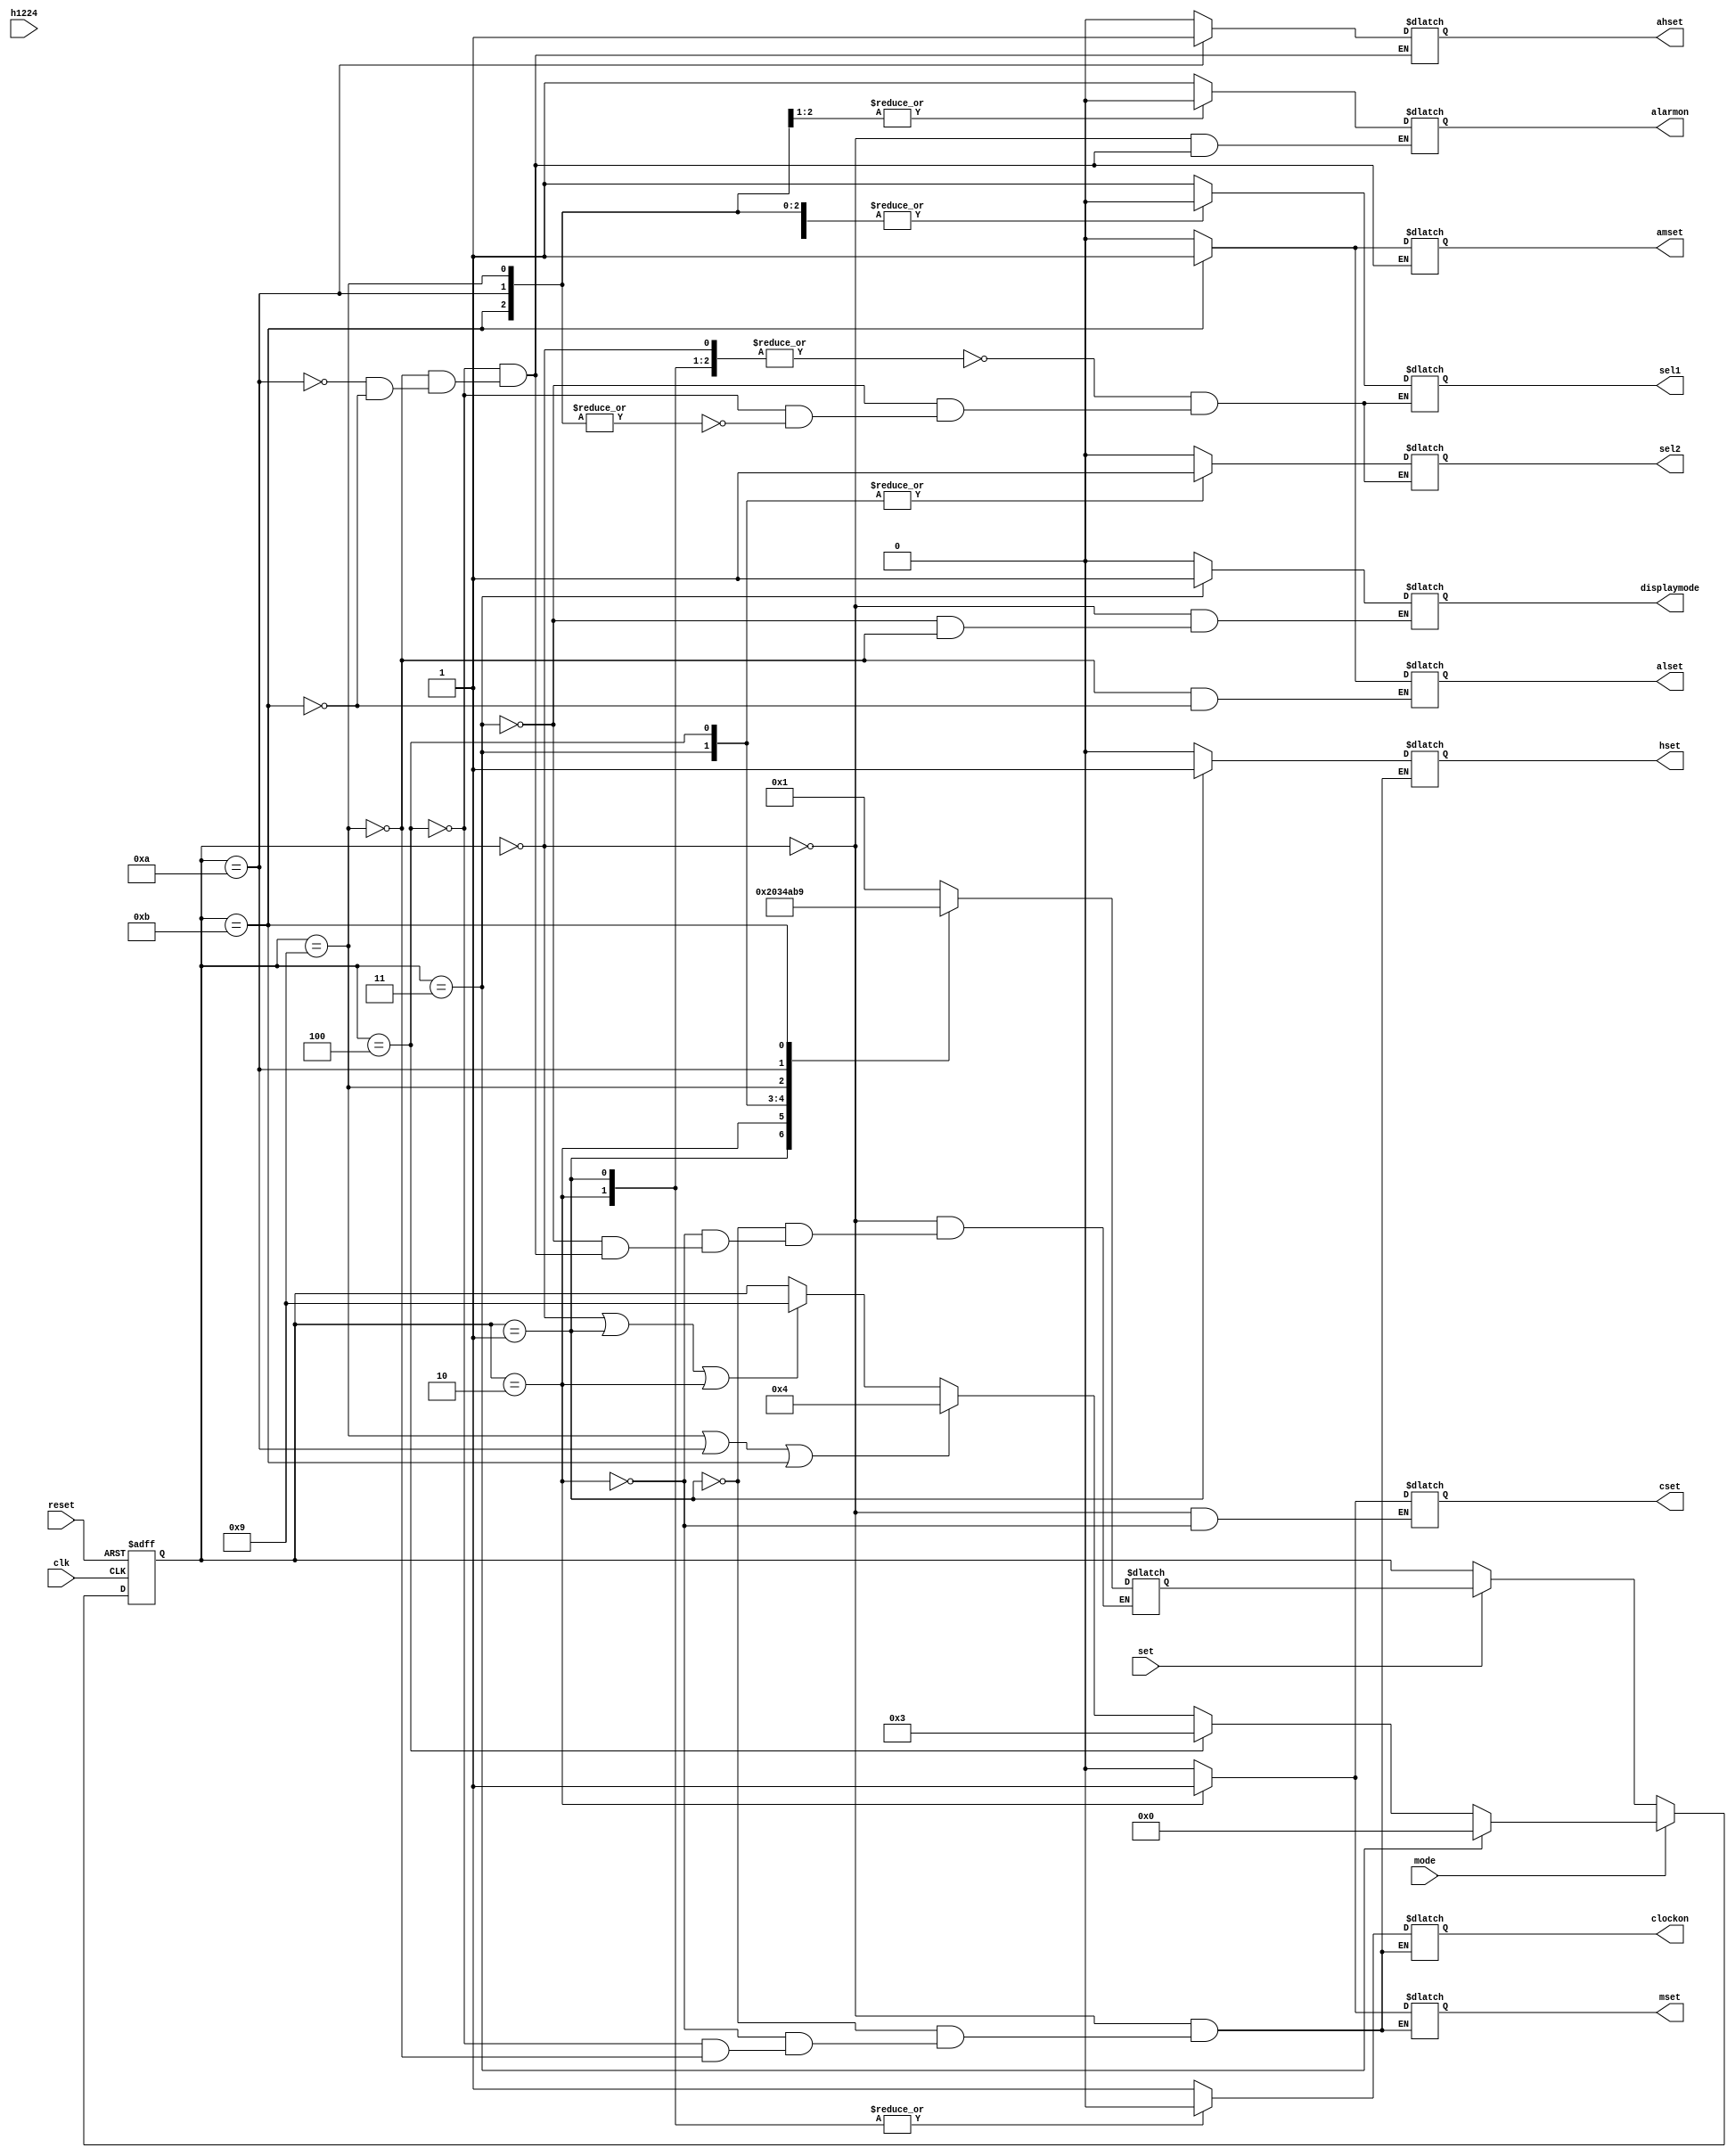
`timescale 1ns / 1ps
//////////////////////////////////////////////////////////////////////////////////
// Company: 
// Engineer: 
// 
// Design Name: 
// Module Name:    clockFSM 
// Project Name: 
// Target Devices: 
// Tool versions: 
// Description: 
//
// Dependencies: 
//
// Revision: 
// Revision 0.01 - File Created
// Additional Comments: 
//
//////////////////////////////////////////////////////////////////////////////////
module clockFSM(
	input h1224,
	input clk,
    input set,
    input reset,
	 input mode,
    output reg clockon,
	 output reg alarmon,
	 output reg hset,
    output reg mset,
	 output reg cset,
	 output reg alset,
	 output reg ahset,
	 output reg amset,
	 output reg sel1,
	 output reg sel2,
	 output reg displaymode
    );
	 
	
	 reg [3:0] next;
	 parameter s0 = 4'b0000;
	 parameter s1 = 4'b0001;
	 parameter s2 = 4'b0010;
	 parameter s9 = 4'b1001;
	 parameter s10 =4'b1010;
	 parameter s11 =4'b1011;
	 parameter s3 = 4'b0011;
	 parameter s4 = 4'b0100;
	 
	 reg [3:0] state=s0;
	 
	 always @(posedge clk or posedge reset) begin
		if (reset) state <= s0;
		else if (mode) begin
			if (state == s0 || state == s1 || state == s2) state <= s9;
			if (state == s9 || state == s10 || state == s11) state <= s4;
			if (state == s4) state <= s3;
			if (state == s3) state <= s0;
		end
		else if (set) state <= next;

	end
	
	always @(*) begin
		case (state)
			s0 :
				begin
				next = s1;
				cset = 0;
				end
			s1 : next = s2;
			s2 :
				begin
					cset = 1;
					next = s0;
				end
			s3 : next = s3;
			s4 : next = s4;
			s9 :
				begin
				next = s10;
				alset = 0;
				end
			s10 : next = s11;
			s11 : 
				begin
				alset = 1;
				next = s9;
				end
				
		endcase
	end
		
	always @(*) begin
		case (state)
			s0 :
				begin
				clockon = 1;
				hset = 0;
				mset = 0;
				displaymode = 0;
				alarmon = 1;
				end
			s1 :
				begin
				clockon = 0;
				hset = 1;
				mset = 0;
				end
			s2 :
				begin
				clockon = 0;
				hset = 0;
				mset = 1;
				end
			s3 :
				displaymode = 1;
			s4 : 
				begin
				hset = 0;
				mset = 0;
				clockon = 1;
				amset = 0;
				ahset = 0;
				alarmon = 1;
				end
			s9 :
				begin
				clockon = 1;
				hset = 0;
				mset = 0;
				alarmon = 1;
				ahset = 0;
				amset = 0;
				displaymode = 0;
				end
			s10 : 
				begin
				alarmon = 0;
				ahset = 1;
				amset = 0;
				end
			s11 :
				begin
				alarmon = 0;
				ahset = 0;
				amset = 1;
				end
		endcase
	end
	
	always @(*) begin
		case (state) 
			s0,s1,s2 : 
				begin
				sel1 =1;
				sel2 = 0;
				end
			s3 :
				begin
				sel2 = 1;
				sel1 = 0;
				end
			s4 : 
				begin
				sel2 = 1;
				sel1 = 1;
				end
			s9,s10,s11 : 
				begin
				sel1 = 0;
				sel2 = 0;
				end
		endcase
	end


endmodule